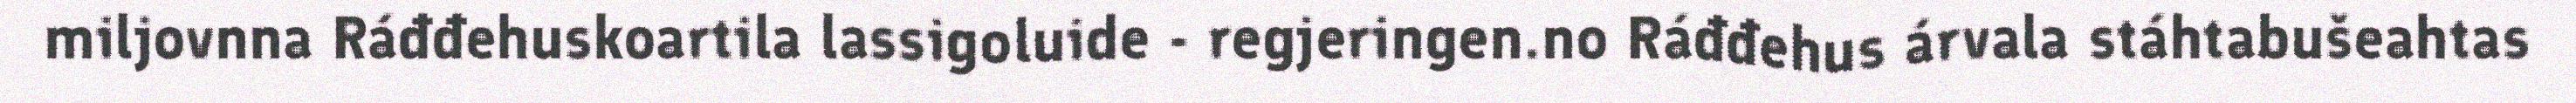
miljovnna Ráđđehuskoartila lassigoluide - regjeringen.no Ráđđehus árvala stáhtabušeahtas